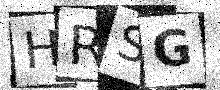
Text: HRSG